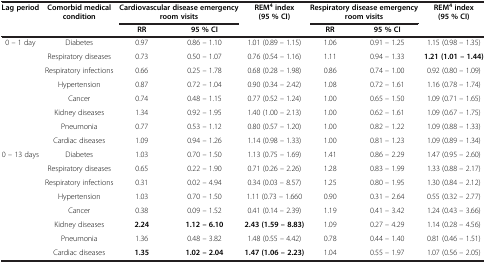
<table><thead><tr><td rowspan="2"><b>Lag period</b></td><td rowspan="2"><b>Comorbid medical condition</b></td><td colspan="2"><b>Cardiovascular disease emergency room visits</b></td><td rowspan="2"><b>REM<sup>4 </sup>index (95 % CI)</b></td><td colspan="2"><b>Respiratory disease emergency room visits</b></td><td rowspan="2"><b>REM<sup>4 </sup>index (95 % CI)</b></td></tr><tr><td><b>RR</b></td><td><b>95 % CI</b></td><td><b>RR</b></td><td><b>95 % CI</b></td></tr></thead><tbody><tr><td rowspan="8">0 – 1 day</td><td>Diabetes</td><td>0.97</td><td>0.86 – 1.10</td><td>1.01 (0.89 – 1.15)</td><td>1.06</td><td>0.91 – 1.25</td><td>1.15 (0.98 – 1.35)</td></tr><tr><td>Respiratory diseases</td><td>0.73</td><td>0.50 – 1.07</td><td>0.76 (0.54 – 1.16)</td><td>1.11</td><td>0.94 – 1.33</td><td><b>1.21 (1.01 – 1.44)</b></td></tr><tr><td>Respiratory infections</td><td>0.66</td><td>0.25 – 1.78</td><td>0.68 (0.28 – 1.98)</td><td>0.86</td><td>0.74 – 1.00</td><td>0.92 (0.80 – 1.09)</td></tr><tr><td>Hypertension</td><td>0.87</td><td>0.72 – 1.04</td><td>0.90 (0.34 – 2.42)</td><td>1.08</td><td>0.72 – 1.61</td><td>1.16 (0.78 – 1.74)</td></tr><tr><td>Cancer</td><td>0.74</td><td>0.48 – 1.15</td><td>0.77 (0.52 – 1.24)</td><td>1.00</td><td>0.65 – 1.50</td><td>1.09 (0.71 – 1.65)</td></tr><tr><td>Kidney diseases</td><td>1.34</td><td>0.92 – 1.95</td><td>1.40 (1.00 – 2.13)</td><td>1.00</td><td>0.62 – 1.61</td><td>1.09 (0.67 – 1.75)</td></tr><tr><td>Pneumonia</td><td>0.77</td><td>0.53 – 1.12</td><td>0.80 (0.57 – 1.20)</td><td>1.00</td><td>0.82 – 1.22</td><td>1.09 (0.88 – 1.33)</td></tr><tr><td>Cardiac diseases</td><td>1.09</td><td>0.94 – 1.26</td><td>1.14 (0.98 – 1.33)</td><td>1.00</td><td>0.81 – 1.23</td><td>1.09 (0.89 – 1.34)</td></tr><tr><td rowspan="8">0 – 13 days</td><td>Diabetes</td><td>1.03</td><td>0.70 – 1.50</td><td>1.13 (0.75 – 1.69)</td><td>1.41</td><td>0.86 – 2.29</td><td>1.47 (0.95 – 2.60)</td></tr><tr><td>Respiratory diseases</td><td>0.65</td><td>0.22 – 1.90</td><td>0.71 (0.26 – 2.26)</td><td>1.28</td><td>0.83 – 1.99</td><td>1.33 (0.88 – 2.17)</td></tr><tr><td>Respiratory infections</td><td>0.31</td><td>0.02 – 4.94</td><td>0.34 (0.03 – 8.57)</td><td>1.25</td><td>0.80 – 1.95</td><td>1.30 (0.84 – 2.12)</td></tr><tr><td>Hypertension</td><td>1.03</td><td>0.70 – 1.50</td><td>1.11 (0.73 – 1.660</td><td>0.90</td><td>0.31 – 2.64</td><td>0.55 (0.32 – 2.77)</td></tr><tr><td>Cancer</td><td>0.38</td><td>0.09 – 1.52</td><td>0.41 (0.14 – 2.39)</td><td>1.19</td><td>0.41 – 3.42</td><td>1.24 (0.43 – 3.66)</td></tr><tr><td>Kidney diseases</td><td><b>2.24</b></td><td><b>1.12 – 6.10</b></td><td><b>2.43 (1.59 – 8.83)</b></td><td>1.09</td><td>0.27 – 4.29</td><td>1.14 (0.28 – 4.56)</td></tr><tr><td>Pneumonia</td><td>1.36</td><td>0.48 – 3.82</td><td>1.48 (0.55 – 4.42)</td><td>0.78</td><td>0.44 – 1.40</td><td>0.81 (0.46 – 1.51)</td></tr><tr><td>Cardiac diseases</td><td><b>1.35</b></td><td><b>1.02 – 2.04</b></td><td><b>1.47 (1.06 – 2.23)</b></td><td>1.04</td><td>0.55 – 1.97</td><td>1.07 (0.56 – 2.05)</td></tr></tbody></table>